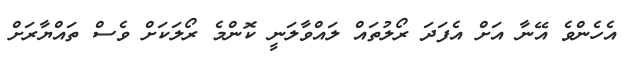
އެހެންވެ އޭނާ އަށް އެފަދަ ރޯލުތައް ލައްވާލަނީ ކޮންމެ ރޯލަކަށް ވެސް ތައްޔާރަށް